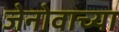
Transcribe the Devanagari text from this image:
जेनोवाच्या